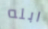
ابله